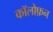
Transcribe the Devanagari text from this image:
कॉलोफ़न